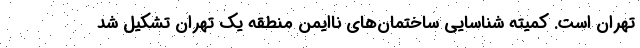
تهران است. کمیته شناسایی ساختمان‌های ناایمن منطقه یک تهران تشکیل شد